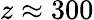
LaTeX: z\approx 300